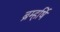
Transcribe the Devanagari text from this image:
ब्रम्हर्षि